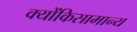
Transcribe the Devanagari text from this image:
क्योंकिसामान्य